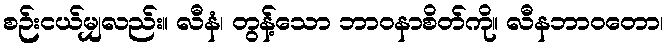
စဉ်းငယ်မျှလည်း။ လီနံ၊ တွန့်သော ဘာဝနာစိတ်ကို။ လီနဘာဝတော၊